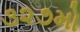
૩૨૭મો